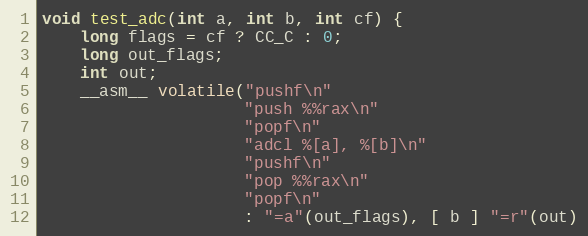
Language: C
void test_adc(int a, int b, int cf) {
    long flags = cf ? CC_C : 0;
    long out_flags;
    int out;
    __asm__ volatile("pushf\n"
                     "push %%rax\n"
                     "popf\n"
                     "adcl %[a], %[b]\n"
                     "pushf\n"
                     "pop %%rax\n"
                     "popf\n"
                     : "=a"(out_flags), [ b ] "=r"(out)